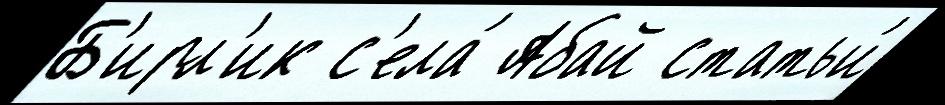
Б'ирл'ик с'ела́ Абай статьи́